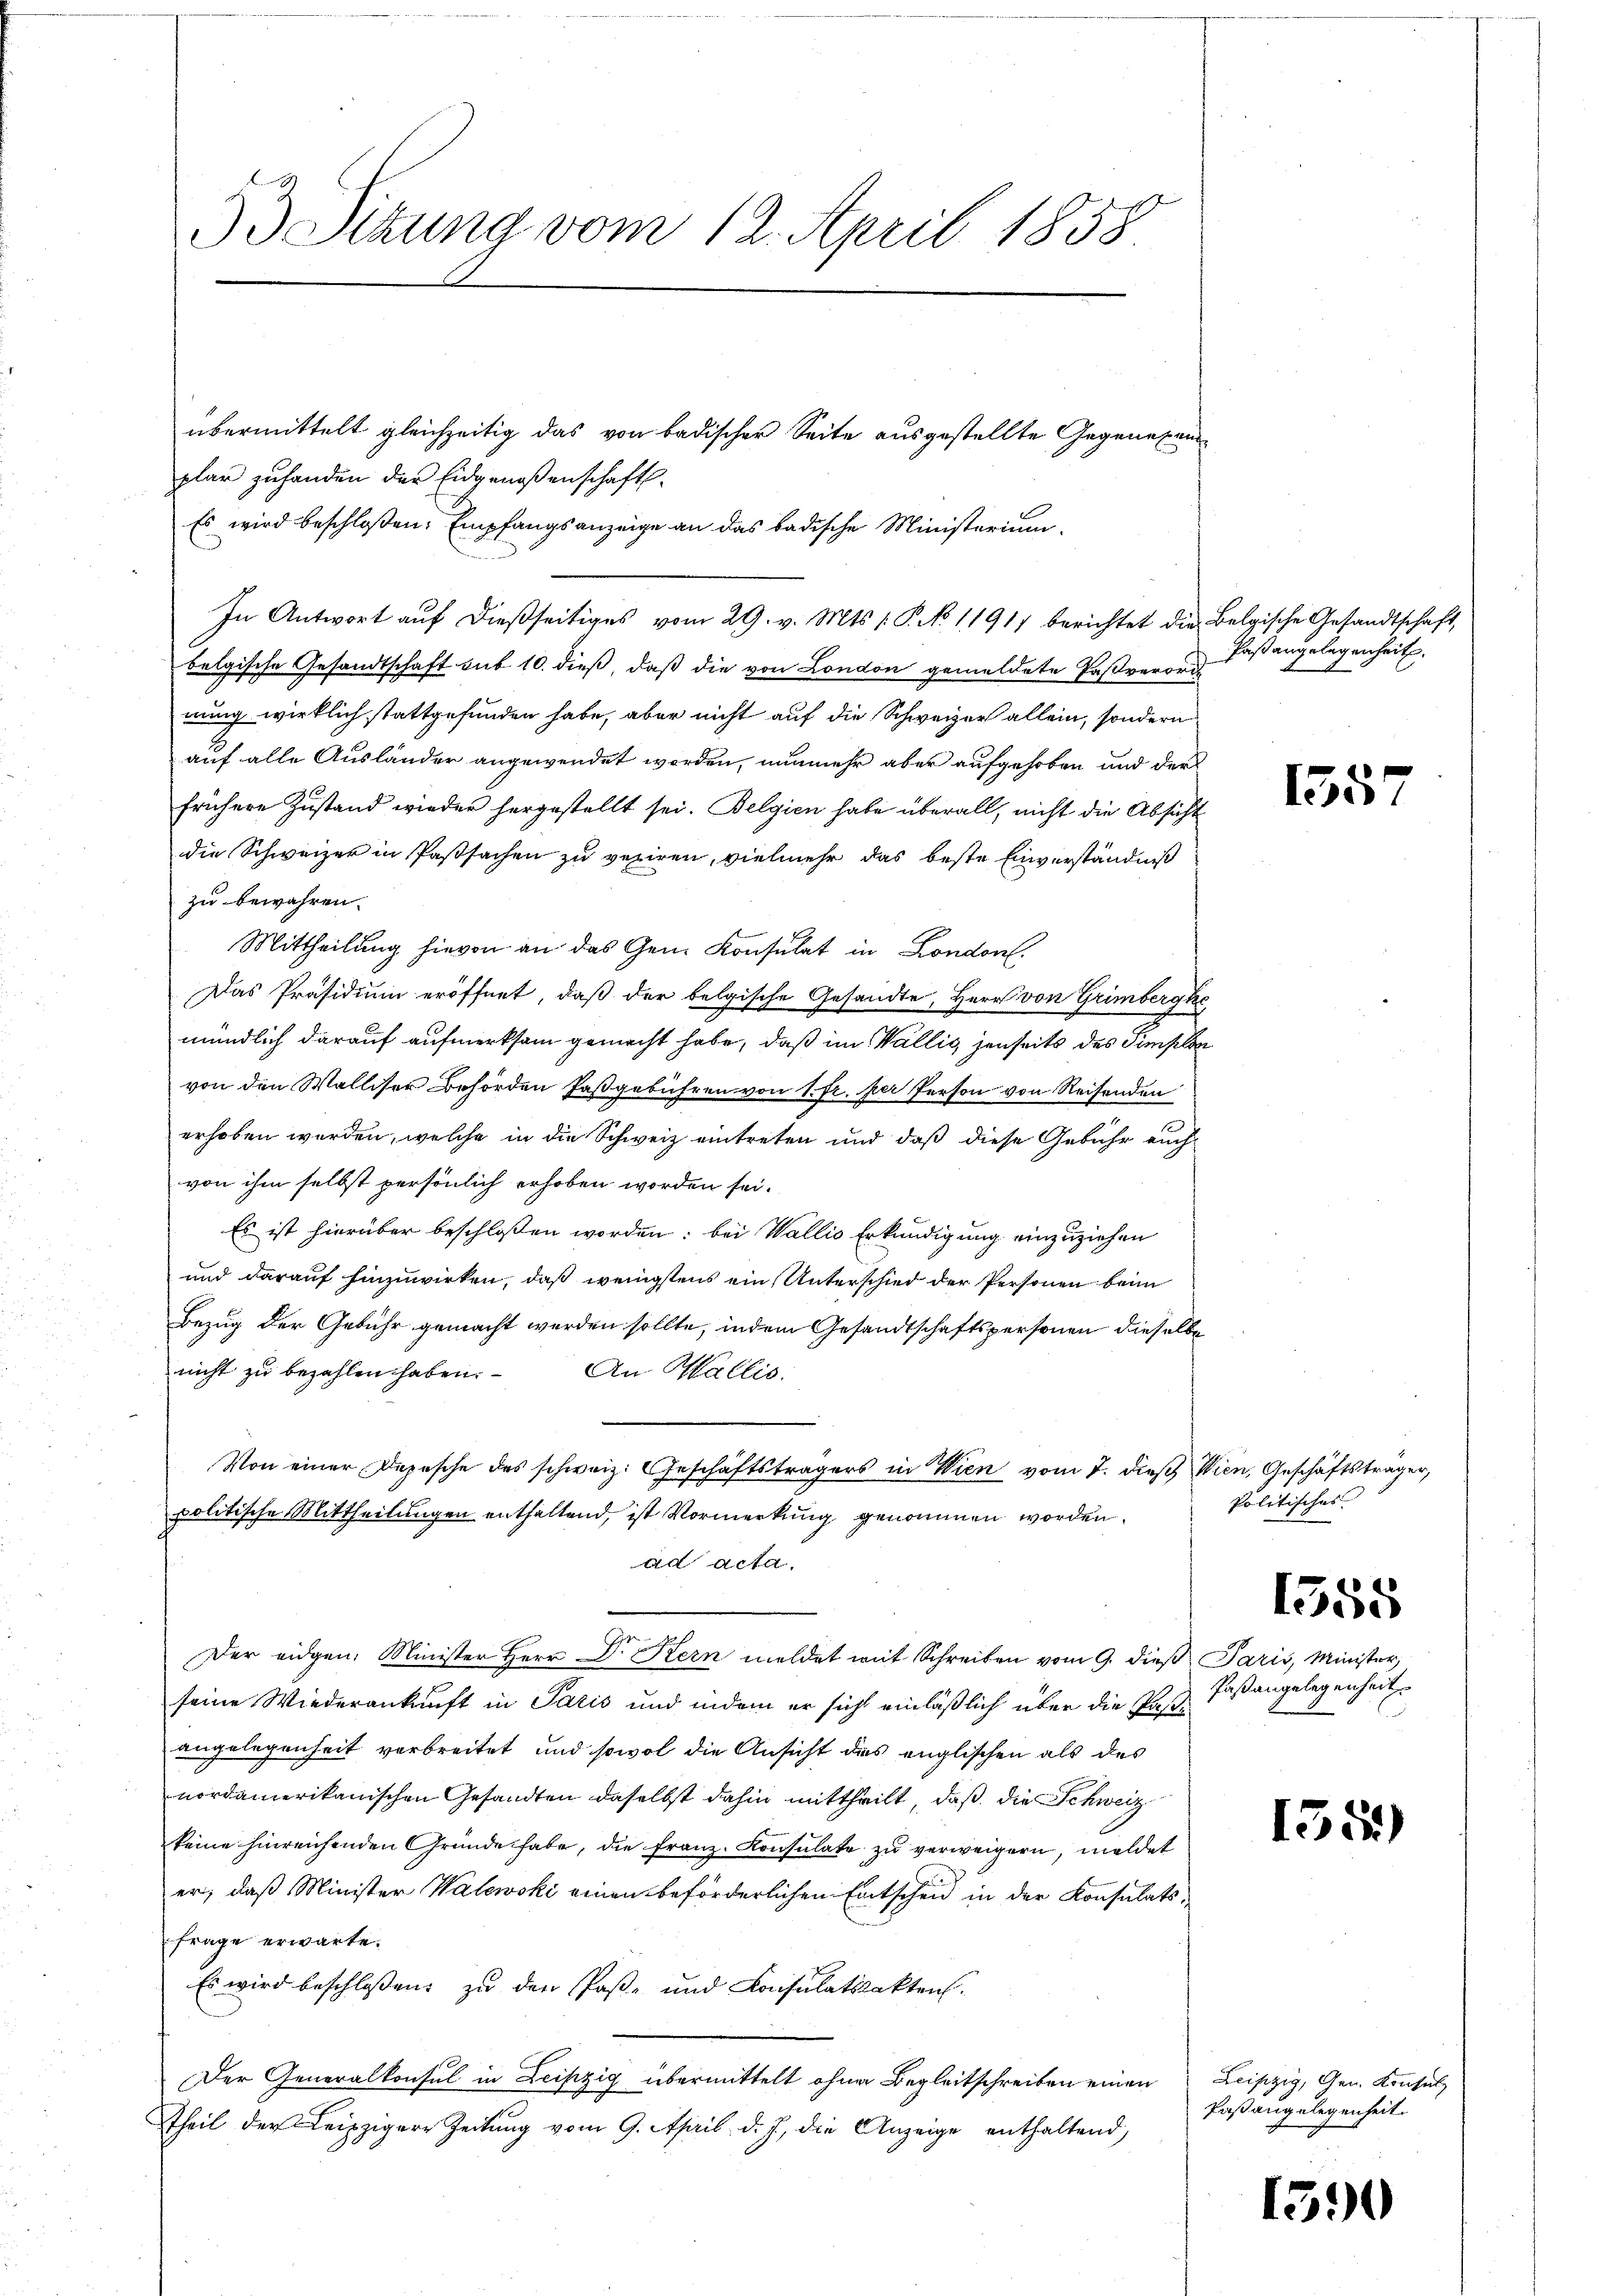
53 Sizung vom 12. April 1858
übermittelt gleichzeitig das von badischer Seite ausgestellte Gegenügend
plar zuhanden der Eidgenossenschaft
Es wird beschloßen: Empfangsanzeige an das badische Ministerium

In Antwort auf dießseitiges vom 29. v. Mts. 1. P. No 11917 berichtet die Belgische Gesandtschaft,
belgische Gesandtschaft sub 10. dieß, daß die von London gemeldete Paßverordnung wirklich stattgefunden habe, aber nicht auf die Schweizer allein, sondern
auf alle Ausländer angewendet worden, nunmehr aber aufgehoben und der
frühere Zustand wieder hergestellt sei. Belgien habe überall, nicht die Absicht
die Schweizer in Passachen zu veriren, vielmehr das beste Einverständniß
zu bewahren.
Mittheilung hievon an das Gem. Konsulat in London.
Das Präsidium eröffnet, daß der belgische Gesandte, Herr von Grimbergke
mündlich darauf aufmerksam gemacht habe, daß im Wallis, jenseits des Simple
von den Walliser Behörden Paßgebühren von 1. fr. per Person von Reisenden
erhoben worden, welche in die Schweiz eintreten und daß diese Gebühr auch
von ihm selbst persönlich erhoben worden sei.
Es ist hierüber beschlossen worden: bei Wallis Erkundigung einzuziehen
und darauf hinzuwirken, daß wenigstens ein Unterschied der Personen beim
Bezug der Gebühr gemacht werden sollte, indem Gesandtschaftspersonen dieselbe
nicht zu bezahlen haben. An Wallis
Von einer Depesche des schweiz. Geschäftsträgers in Wien vom 7. dieβ Wien, Geschäftsträger,
politische Mittheilungen enthaltend, ist Vormerkung genommen worden.
ad acta.
Der eidgen. Minister Herr Dr. Kern meldet mit Schreiben vom 9. dieß Paris, Minister,
seine Wiederankunft in Paris und indem er sich einläßlich über die Past. Faßangelegenheit
angelegenheit verbreitet und sowol die Ansicht des englischen als des
nordamerikanischen Gesandten daselbst dahin mittheilt, daß die Schweiz
keine hinreichenden Gründe habe, die Franz. Konsulate zu verweigern, meldet
er, daß Minister Walewski einen beförderlichen Entscheid in der Konsulats-
frage erwarte.
Es wird beschlossen: zu den Paß- und Konsulatsakten.
Der Generalkonsul in Leipzig übermittelt ohne Begleitschreiben einen
Theil der Leipzigere Zeitung vom 9. April d. J., die Anzeige enthaltend,

Paßangelegenheit

155

Politisches

1555

155)

Leipzig, Gen. Konsul
Faßangelegenheit.

1590